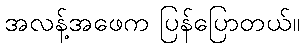
အလန့်အဖေက ပြန်ပြောတယ်။